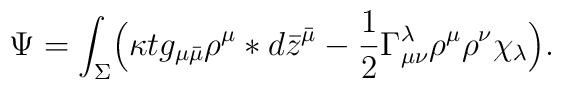
\Psi = \int_\Sigma \Bigl(\kappa tg_{\mu\bar\mu}\rho^\mu*d\bar z^{\bar\mu}    -\frac{1}{2} \Gamma^\lambda_{\mu\nu}\rho^\mu\rho^\nu\chi_\lambda\Bigr).